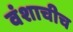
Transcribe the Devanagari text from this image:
वंशाचीच